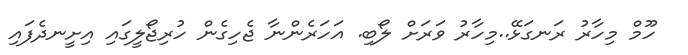
ހޫމް މިހާރު ރަނގަޅޭ..މިހާރު ވަރަށް ލޯބި. އަހަރެންނާ ޖެހިގެން ހުރިޖޯލީގައި އިށީނދެފައި